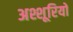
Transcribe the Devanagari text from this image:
अश्शूरियों